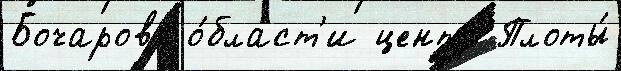
Бочарово о́бласт'и центр Плоты́